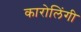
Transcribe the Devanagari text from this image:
कारोलिंगी